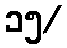
၁၅/